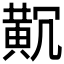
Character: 𪎸